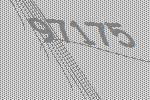
97175